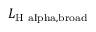
L _ { \mathrm { H \ a l p h a , b r o a d } }